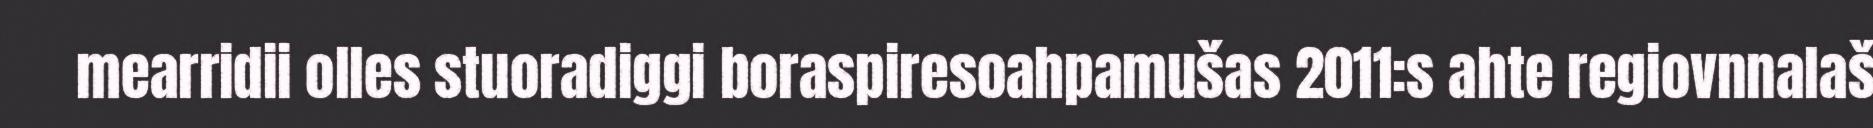
mearridii olles stuoradiggi boraspiresoahpamušas 2011:s ahte regiovnnalaš